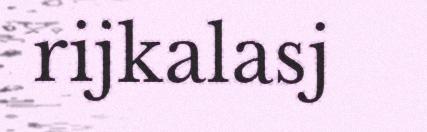
rijkalasj